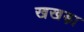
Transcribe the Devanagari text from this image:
खखड़ा